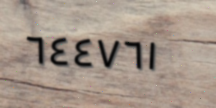
٦٤٤٧٦١